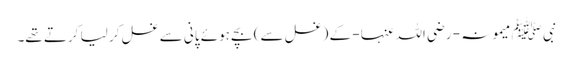
نبی ﷺ میمونہ - رضی اللہ عنہا - کے (غسل سے) بچے ہوئے پانی سے غسل کر لیا کرتے تھے۔